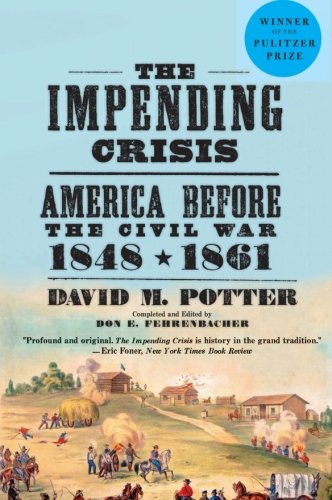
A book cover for The Impending Crisis, 1848-1861; David M. Potter; History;